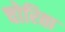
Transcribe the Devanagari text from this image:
चोरिता